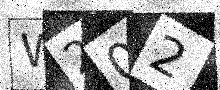
Text: W202